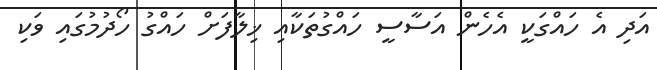
އަދި އެ ހައްގަކީ އެހެން އަސާސީ ހައްގުތަކާއި ޚިލާފަށް ހައްގު ހޯދުމުގައި ވަކި